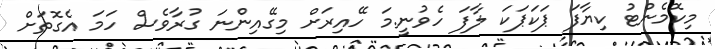
މިކޮމެންޓު ކިޔާފަ ޕަކަޕަކަ ލާފަ ހެވުނީ.މަ ހޭއިރަށް މިގޭއިންނަ ގުރާވެސް ހަމަ އެގޮތަށް